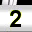
Digit: 2